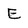
Character: E